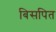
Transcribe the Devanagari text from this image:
बिसपित